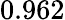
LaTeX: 0.962